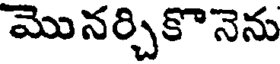
మొనర్చికొనెను